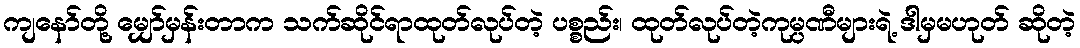
ကျနော်တို့ မျှော်မှန်းတာက သက်ဆိုင်ရာထုတ်လုပ်တဲ့ ပစ္စည်း၊ ထုတ်လုပ်တဲ့ကုမ္ပဏီများရဲ့ ဒါမှမဟုတ် ဆိုတဲ့